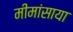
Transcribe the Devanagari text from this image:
मीमांसाया